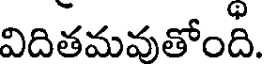
విదితమవుతోంది.